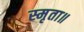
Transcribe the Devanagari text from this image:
स्मृता॥